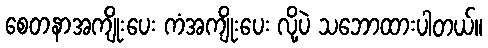
စေတနာအကျိုးပေး ကံအကျိုးပေး လို့ပဲ သဘောထားပါတယ်။